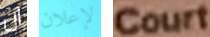
ان لإعلان Court